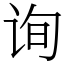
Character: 询